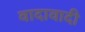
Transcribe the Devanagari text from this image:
वादावादी